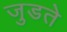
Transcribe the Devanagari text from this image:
जुडते